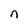
Character: n